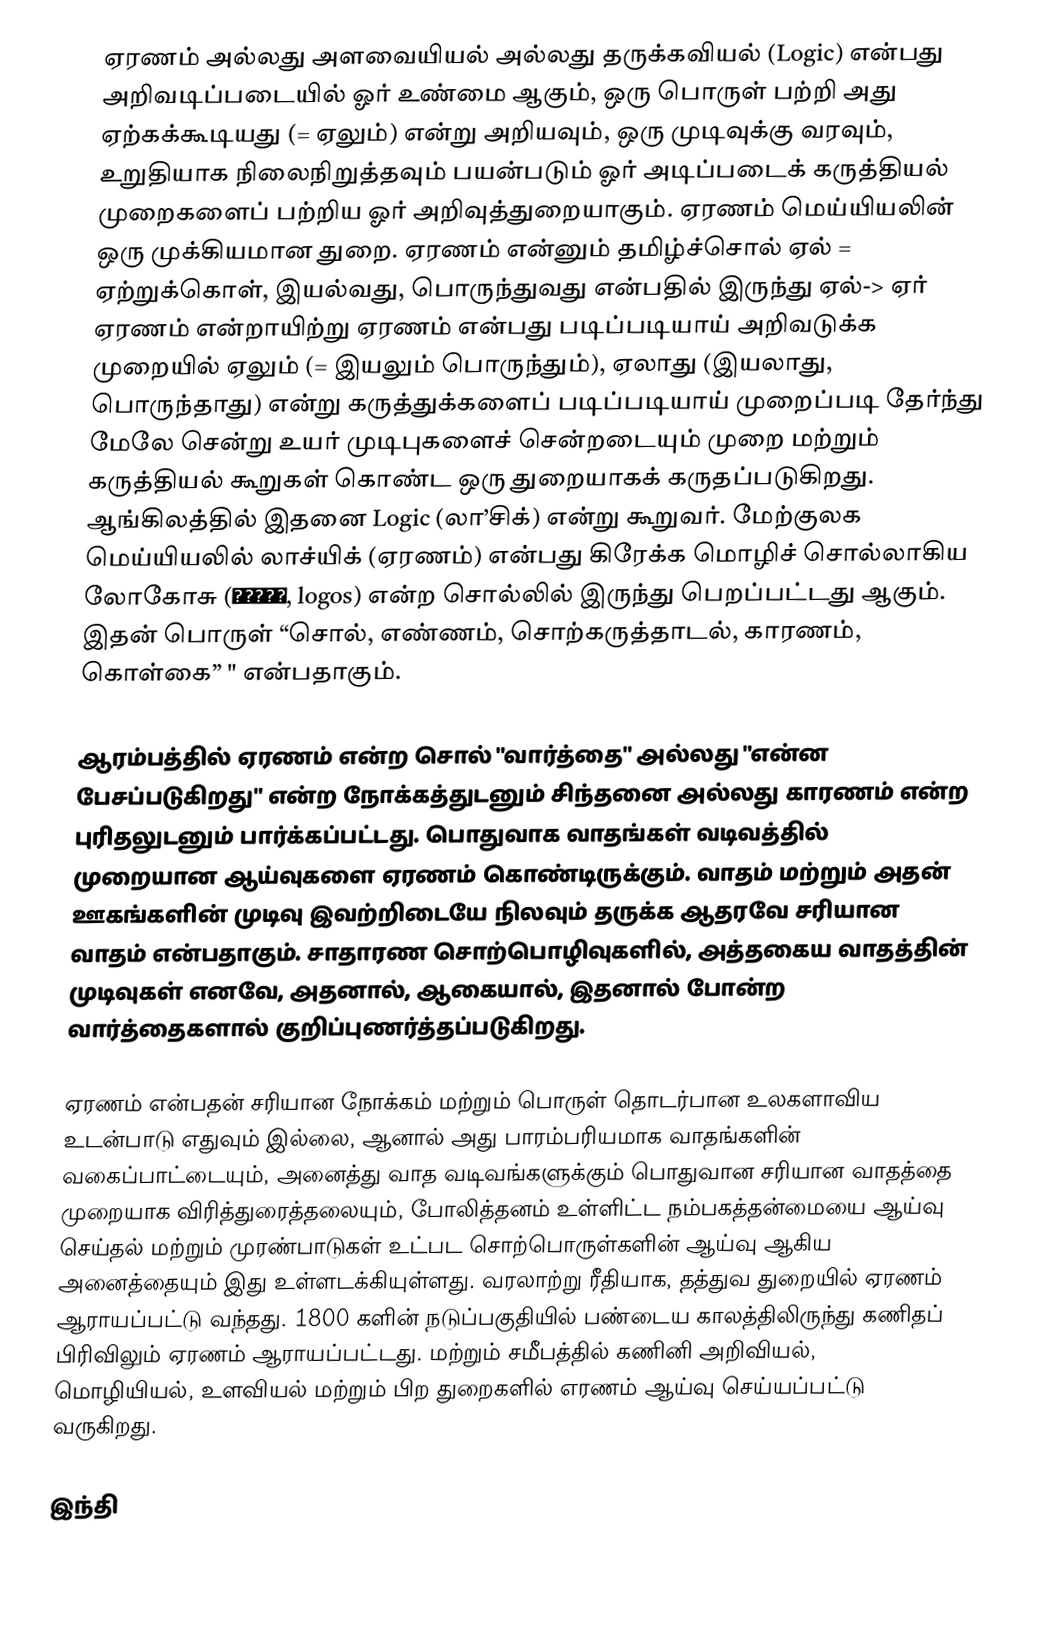
ஏரணம் அல்லது அளவையியல் அல்லது தருக்கவியல் (Logic)  என்பது அறிவடிப்படையில் ஓர் உண்மை ஆகும், ஒரு பொருள் பற்றி அது ஏற்கக்கூடியது (= ஏலும்) என்று அறியவும், ஒரு முடிவுக்கு வரவும், உறுதியாக நிலைநிறுத்தவும் பயன்படும் ஓர் அடிப்படைக் கருத்தியல் முறைகளைப் பற்றிய ஓர் அறிவுத்துறையாகும். ஏரணம் மெய்யியலின் ஒரு முக்கியமான துறை. ஏரணம் என்னும் தமிழ்ச்சொல் ஏல் = ஏற்றுக்கொள், இயல்வது, பொருந்துவது என்பதில் இருந்து ஏல்-> ஏர் ஏரணம் என்றாயிற்று  ஏரணம் என்பது படிப்படியாய் அறிவடுக்க முறையில் ஏலும் (= இயலும் பொருந்தும்), ஏலாது (இயலாது, பொருந்தாது) என்று கருத்துக்களைப் படிப்படியாய் முறைப்படி தேர்ந்து மேலே சென்று உயர் முடிபுகளைச் சென்றடையும் முறை மற்றும் கருத்தியல் கூறுகள் கொண்ட ஒரு துறையாகக் கருதப்படுகிறது. ஆங்கிலத்தில் இதனை Logic (லா’சிக்) என்று கூறுவர். மேற்குலக மெய்யியலில் லாச்யிக் (ஏரணம்) என்பது கிரேக்க மொழிச் சொல்லாகிய லோகோசு (λόγος, logos) என்ற சொல்லில் இருந்து பெறப்பட்டது ஆகும். இதன் பொருள் “சொல், எண்ணம், சொற்கருத்தாடல், காரணம், கொள்கை” " என்பதாகும்.

ஆரம்பத்தில் ஏரணம் என்ற சொல் "வார்த்தை" அல்லது "என்ன பேசப்படுகிறது" என்ற நோக்கத்துடனும் சிந்தனை அல்லது காரணம் என்ற புரிதலுடனும் பார்க்கப்பட்டது. பொதுவாக வாதங்கள் வடிவத்தில் முறையான ஆய்வுகளை ஏரணம் கொண்டிருக்கும். வாதம் மற்றும் அதன்  ஊகங்களின் முடிவு இவற்றிடையே நிலவும் தருக்க ஆதரவே சரியான வாதம் என்பதாகும். சாதாரண சொற்பொழிவுகளில், அத்தகைய வாதத்தின் முடிவுகள்  எனவே, அதனால், ஆகையால், இதனால் போன்ற வார்த்தைகளால் குறிப்புணர்த்தப்படுகிறது.

ஏரணம் என்பதன் சரியான நோக்கம் மற்றும் பொருள் தொடர்பான உலகளாவிய உடன்பாடு எதுவும் இல்லை, ஆனால் அது பாரம்பரியமாக வாதங்களின் வகைப்பாட்டையும், அனைத்து வாத வடிவங்களுக்கும் பொதுவான சரியான வாதத்தை  முறையாக விரித்துரைத்தலையும், போலித்தனம் உள்ளிட்ட நம்பகத்தன்மையை ஆய்வு செய்தல் மற்றும் முரண்பாடுகள் உட்பட சொற்பொருள்களின் ஆய்வு ஆகிய அனைத்தையும் இது உள்ளடக்கியுள்ளது. வரலாற்று ரீதியாக, தத்துவ துறையில் ஏரணம் ஆராயப்பட்டு வந்தது. 1800 களின் நடுப்பகுதியில் பண்டைய காலத்திலிருந்து கணிதப் பிரிவிலும் ஏரணம் ஆராயப்பட்டது. மற்றும் சமீபத்தில் கணினி அறிவியல், மொழியியல், உளவியல் மற்றும் பிற துறைகளில் எரணம் ஆய்வு செய்யப்பட்டு வருகிறது.

இந்தி